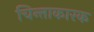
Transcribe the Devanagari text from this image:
चिन्ताकारक